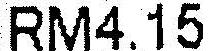
RM4.15